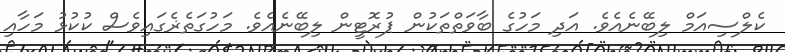
ކެލްސިއަމް ލިބޭނެއެވެ. އަދި މަހުގެ ބާވަތްތަކުން ޕުރޮޓީން ލިބޭނެއެވެ. މަހުގަތެޜެގައިވެސް ކުކުޅު މަހާއި